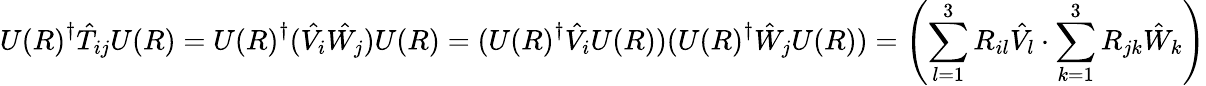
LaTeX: {U(R)}^{\dagger}{\hat{T}}_{ij}U(R)={U(R)}^{\dagger}({\hat{V_{i}}}{\hat{W_{j}}})U(R)=({U(R)}^{\dagger}{\hat{V}}_{i}U(R))({U(R)}^{\dagger}{\hat{W}}_{j}U(R))=\left(\sum_{l=1}^{3}R_{il}{\hat{V}}_{l}\cdot\sum_{k=1}^{3}R_{jk}{\hat{W}}_{k}\right)